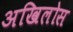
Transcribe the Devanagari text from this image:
अखिलोस